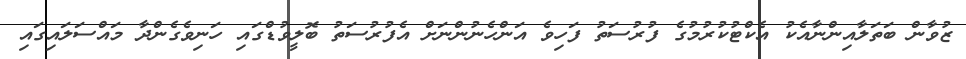
ޒުވާން ބަތަލާއިންނާއެކު އެކްޓުކުރުމުގެ ފުރުސަތު ފަހިވެ އަންހެނުންނަށް އެފުރުސަތު ބޮލީވުޑްގައި ހަނިވެގެންދާ މައްސަލައިގައި